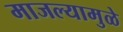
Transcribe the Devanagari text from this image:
माजल्यामुळे